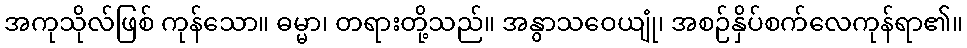
အကုသိုလ်ဖြစ် ကုန်သော။ ဓမ္မာ၊ တရားတို့သည်။ အနွာသဝေယျုံ၊ အစဉ်နှိပ်စက်လေကုန်ရာ၏။